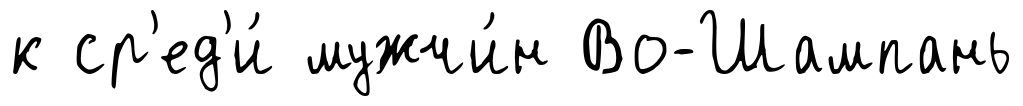
к ср'ед'и́ мужчи́н Во-Шампань